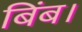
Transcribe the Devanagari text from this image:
बिंब।